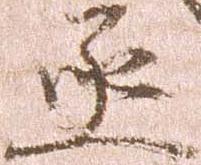
丞